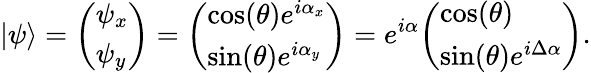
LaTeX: |\psi\rangle={\left(\begin{array}{l}{\psi_{x}}\\ {\psi_{y}}\end{array}\right)}={\left(\begin{array}{l}{\cos(\theta)e^{i\alpha_{x}}}\\ {\sin(\theta)e^{i\alpha_{y}}}\end{array}\right)}=e^{i\alpha}{\left(\begin{array}{l}{\cos(\theta)}\\ {\sin(\theta)e^{i\Delta\alpha}}\end{array}\right)}.